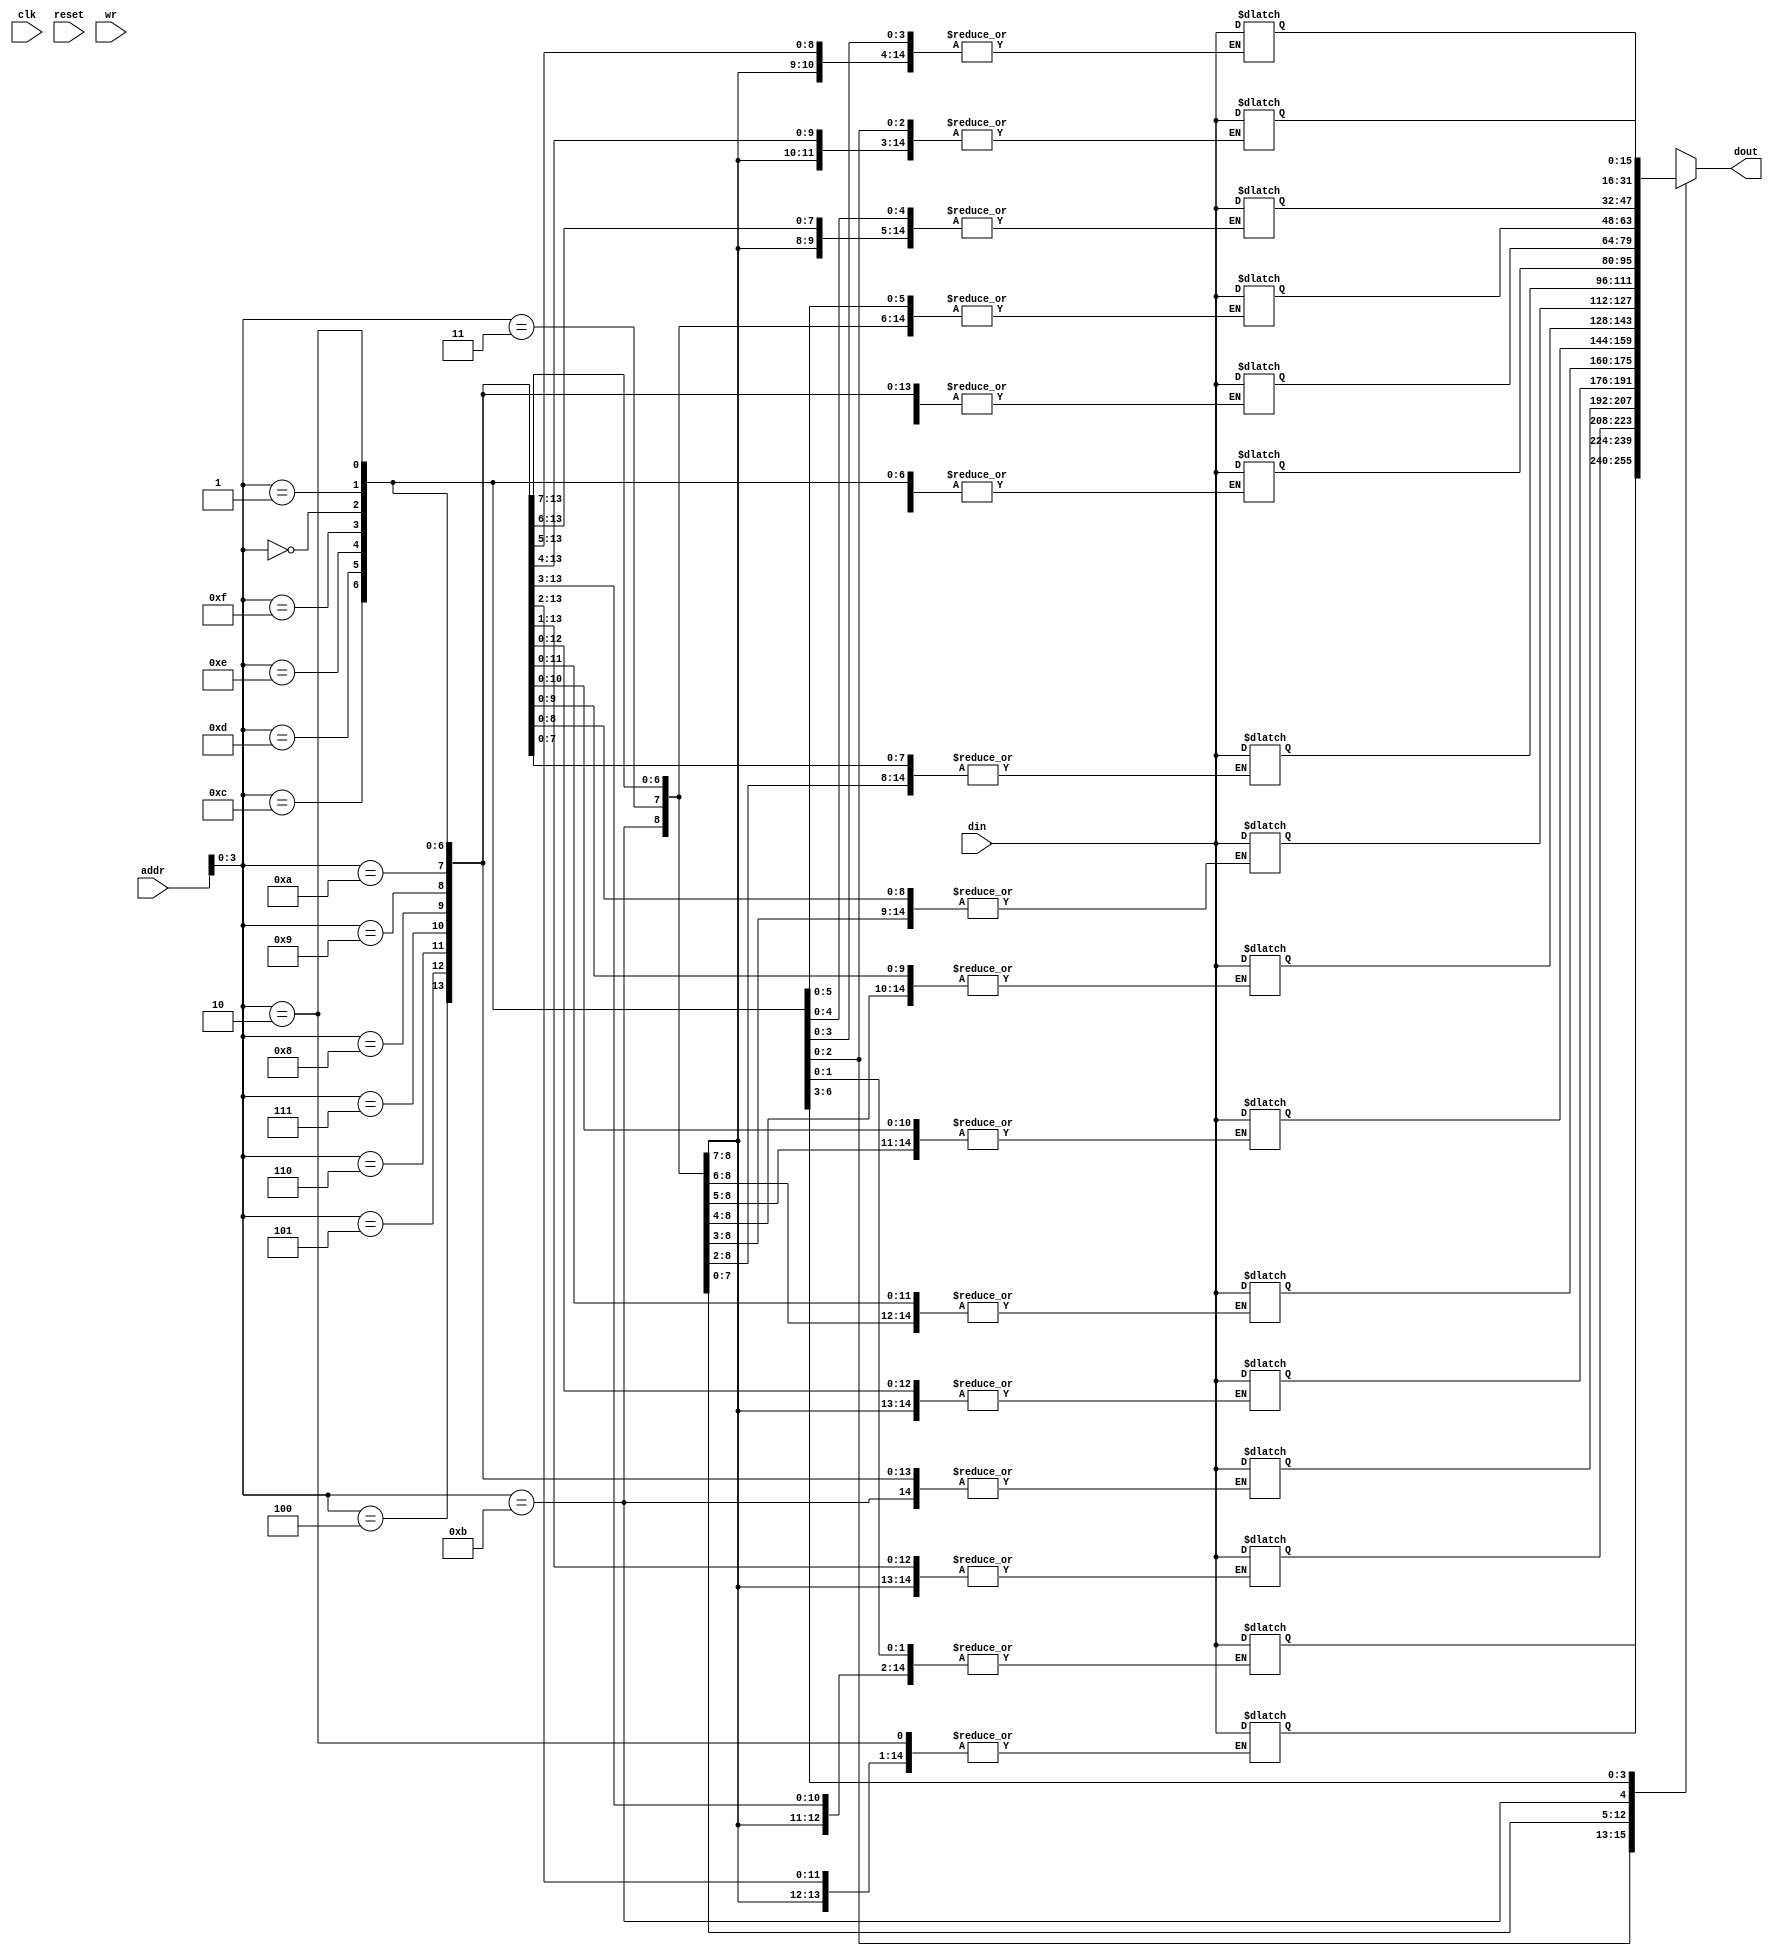
module ram_128_16 (input wire clk, reset, wr, input wire [6:0] addr, input wire [15:0] din, output wire [15:0] dout);
  reg [0:127] ram [15:0];

  initial begin
    ram[0]=16'o000100;
    ram[1]=16'o001201;
    ram[2]=16'o002321;
    ram[3]=16'o003432;
  end
  always @(wr) ram[addr]=din;
  assign dout=ram[addr];
endmodule